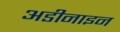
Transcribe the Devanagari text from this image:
अडीनाइन